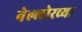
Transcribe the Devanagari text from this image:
नेल्लोरच्या